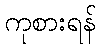
ကုစားရန်